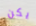
يكن